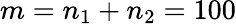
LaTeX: m=n_{1}+n_{2}=100